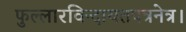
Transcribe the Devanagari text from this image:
फुल्लारविन्दायतपत्रनेत्र।